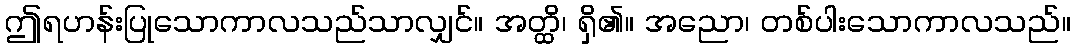
ဤရဟန်းပြုသောကာလသည်သာလျှင်။ အတ္ထိ၊ ရှိ၏။ အညော၊ တစ်ပါးသောကာလသည်။